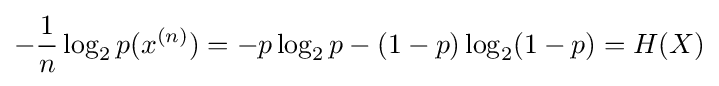
-{\frac {1}{n}}\log _{2}p(x^{(n)})=-p\log _{2}p-(1-p)\log _{2}(1-p)=H(X)